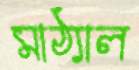
মাঠ্যাল